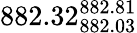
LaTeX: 882.32_{882.03}^{882.81}